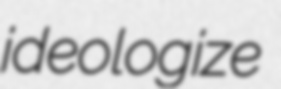
ideologize